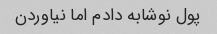
پول نوشابه دادم اما نیاوردن